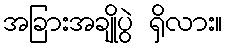
အခြားအချိုပွဲ ရှိလား။